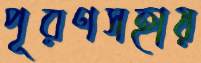
পূরণসহায়